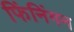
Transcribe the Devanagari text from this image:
फिंनिंगन